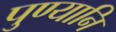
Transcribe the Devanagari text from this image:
पुण्यानि